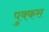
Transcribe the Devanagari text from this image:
पुक्कस